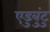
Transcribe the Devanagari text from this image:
एडुबुंटु